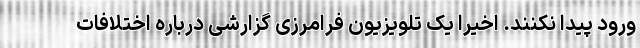
ورود پیدا نکنند. اخیرا یک تلویزیون فرامرزی گزارشی درباره اختلافات